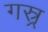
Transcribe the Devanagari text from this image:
गस्र्र